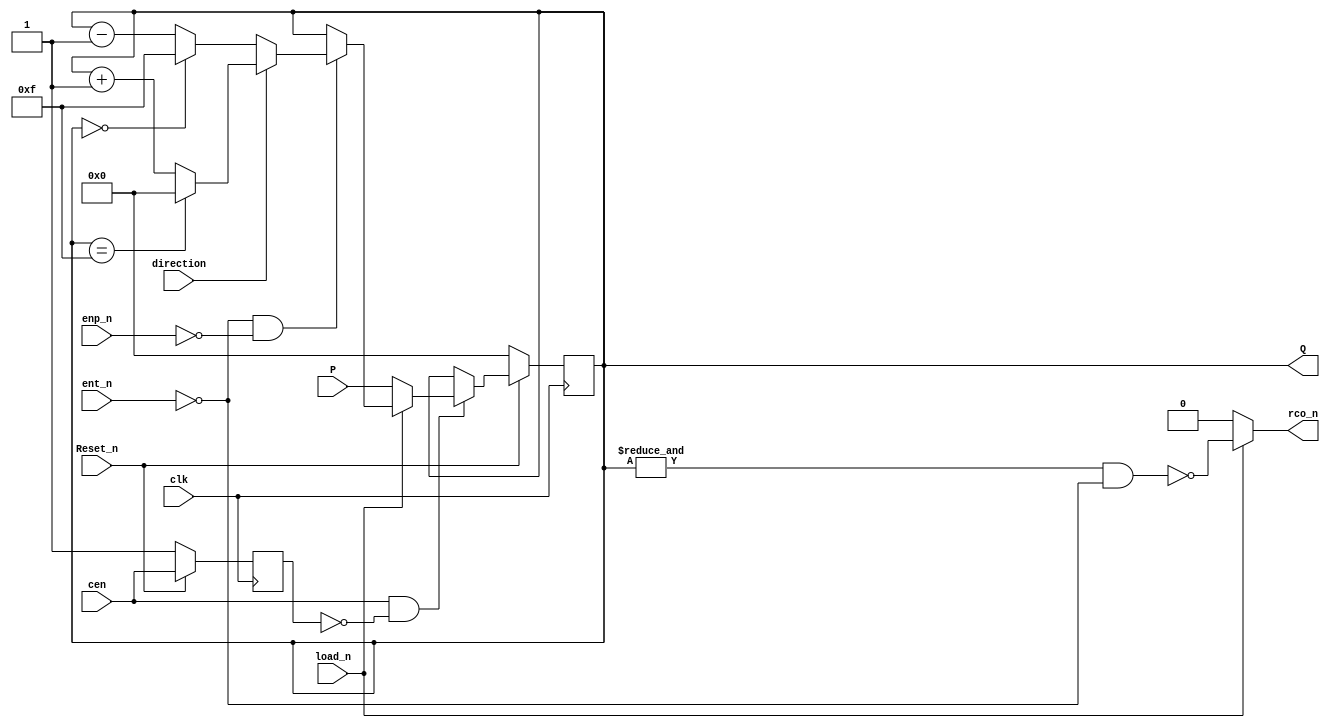
//ttl_74169_sync.v
`default_nettype none
`timescale 1ns/1ps

module ttl_74169_sync
(
  input wire Reset_n,
  input wire clk,
  input wire cen,
  input wire direction, // 1 = Up, 0 = Down
  input wire load_n,    // 1 = Count, 0 = Load
  input wire ent_n,
  input wire enp_n,
  input wire [3:0] P,

  output wire rco_n,    // Ripple Carry-out (RCO)
  output wire [3:0] Q   // 4-bit output
);

//reg rco = 1'b0;
reg [3:0] count = 0;
reg last_cen;

always @(posedge clk) begin
    if(!Reset_n) begin
        count <= 4'h0;
        last_cen<= 1'b1;
    end
    else begin
        last_cen <= cen;

        if (cen && !last_cen) begin //detect rising edge
            if (~load_n)
            begin
                count <=  P;
            end
            else if (~ent_n & ~enp_n) // Count only if both enable signals are active (low)
            begin
                if (direction)
                begin
                // Counting up
                if (count == 4'd15) count <= 4'd0;
                else count <=  count + 1;
                end
                else
                begin
                // Counting down
                if (count == 4'd0) count <= 4'd15;
                else count <=  count - 1;
                end
            end
        end
    end
end

assign Q = count;
//assign rco_n = ~rco;
assign rco_n = !load_n ? 1'b0: ~((&count) & ~ent_n); 

endmodule